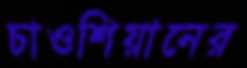
চাওশিয়ানের